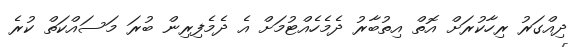
ދިއްގަރު ރިހާކުރަށް އޮތް އިތުބާރު ދެމެހެއްޓުމަށް އެ ދެމެފިރިން ބުރަ މަސައްކަތް ކުރެ